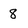
Character: 8